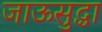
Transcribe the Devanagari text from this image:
जाऊसुद्धा